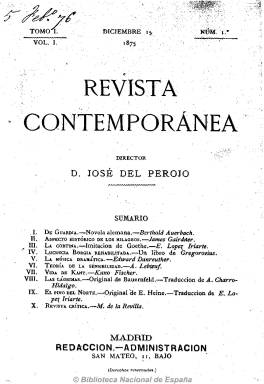
Título: Revista contemporánea (Madrid)
Colección: Cultura || Literatura
Ámbito geográfico: Madrid
Lugar de publicación: Madrid
Fechas: 15/12/1875-15/01/1907

Una de las más prestigiosas revistas de su época, según señala Seoane, y “maciza publicación”, como la califica Gómez Aparicio, fue fundada y dirigida en su primera etapa por José del Perojo y Figueras, de formación racionalista y germana, una de las más recias mentalidades de su época, como describió Asenjo a quien introdujo en España a Kant, Hegel y Fischer. Apareció el 15 de diciembre de 1875 con el propósito de fundir en una sola publicación de carácter internacional “todas las manifestaciones de la cultura” y ser el palenque de las ideas modernas europeas, especialmente germanas, tal como señala Gómez Aparicio.

Sus contenidos son ensayos y estudios de todas la ramas del conocimiento tanto humanista como científico; textos de creación literaria originales, tanto novelas, cuentos y leyendas como poesías, y revistas críticas sobre el movimiento literario e intelectual europeo, además de novedades bibliográficas, tanto españolas como internacionales. Contó con correspondencias (corresponsalías) en Alemania, Inglaterra, Italia y Francia y difundió la novelística alemana, rusa, inglesa, francesa o escandinava.

Constreñida a “un ambiente intelectual minoritario”, como indica Gómez Aparicio, tuvo un tono liberal y europeísta, tal como recuerda Seoane, cuando Perojo se dedicó a combatir las tesis de Menéndez Pelayo sobre la ciencia española y conectó con la Institución Libre de Enseñanza. Su primer principal redactor fue Rafael Montoro, y entre sus más notorios colaboradores de la primera época contó con Manuel de Revilla, traductor de Descartes y difusor del krausismo, así como con Rafael Altamira, Julián Sanz del Río, Rafael María de Labra y Urbano González Serrano, entre otros nombres españoles como europeos.

En 1879, Perojo venderá la publicación al político canovista José de Cárdenas, y después abandonará su dirección, siendo sustituido por Francisco de Asís Pacheco. Será bajo la dirección de éste cuando Revista contemporánea cambie totalmente de orientación ideológica y pase prácticamente a ser adscrita al canovismo. Desde 1901 se pondrá al frente de la redacción Juan Ortega y Rubio, coincidiendo con la etapa más conservadora de una longeva publicación que, a pesar de una vida económica precaria, dejará de publicarse con su entrega de junio de 1907, coincidiendo con el fallecimiento de Cárdenas, su propietario.

En su última etapa había contado con colaboradores españoles como Campoamor, Pereda o Benavente, y su adicción al canovismo y después al maurismo “limitó su vida”, a juicio de Domingo Paniagua. La revista había tenido diferentes frecuencias de aparición (quincenal, mensual y bimensual) y paginación variada. Paz Remollar publicó en 1950 sus índices.